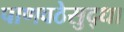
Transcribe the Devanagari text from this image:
पाणवठेसुद्धा